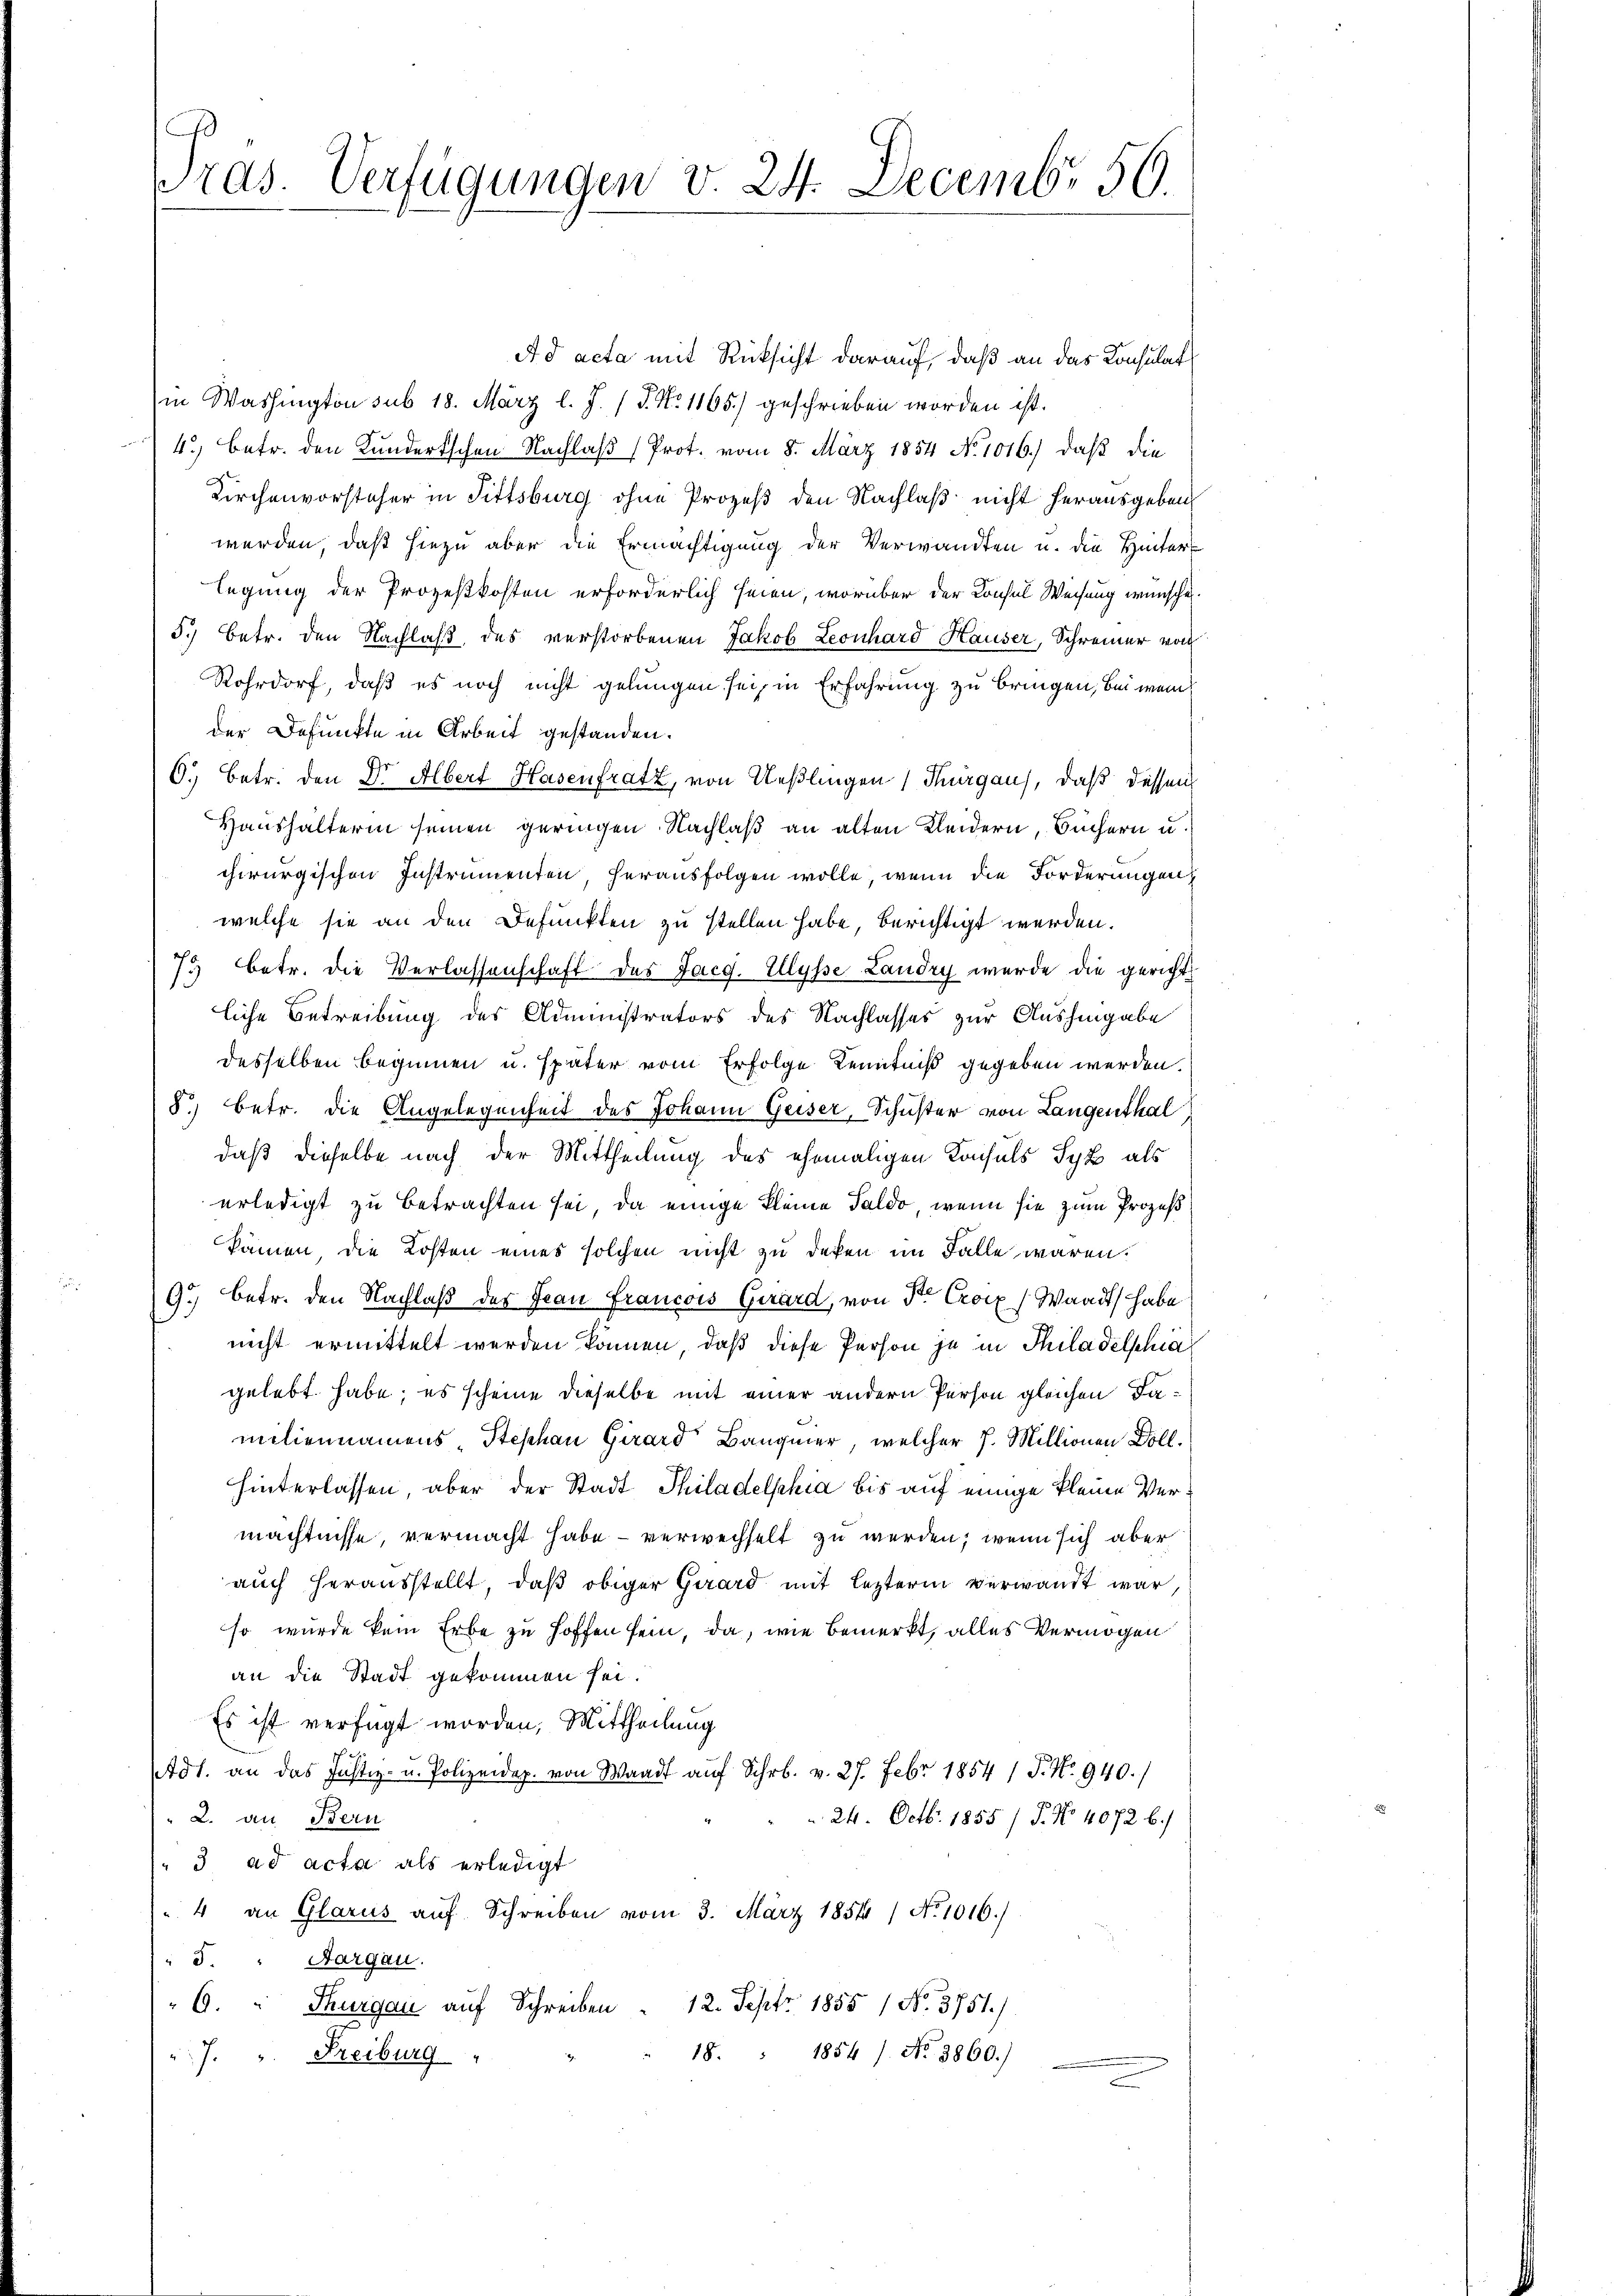
ras. Verfügungen v. 24. Decembr 50.

Ad acta mit Rücksicht darauf, daß an das Konsulat
in Washington sub 18. März l. J. P. No 1165) geschrieben worden ist.
4.) Betr. den Kundertschen Nachlaß (Prot. vom 8. März 1854 No 1016.) daß die
Kirchenvorsteher in Fittsburg ohne Prozeß den Nachlaß nicht herausgeben,
werden, daß hiezu aber die Ermächtigung der Verwandten u. die Hinter-
legung der Prozeßkosten erforderlich seien, worüber der Konsul Weisung wünsche.
5.) Betr. den Nachlaß des verstorbenen Jakob Leonhard Hauser, Schreiner von
Rohrdorf, daß es noch nicht gelungen sei, in Erfahrung zu bringen, bei wenn
der Defunkte in Arbeit gestanden.
6.) Betr. den Dr Albert Hasenfratz, von Ueßlingen Thurgaus, daß dessen
Haushalterin seinen geringen Nachlaß an alten Kleidern, Büchern u.
chirurgischen Instrumenten, herausfolgen wolle, wenn die Forderungen,
welche sie an den Defunkten zu stellen habe, berichtigt werden.
75 betr. die Verlassenschaft des Jacg. Illysse Landry wurde die gericht
liche Betreibung des Administrators des Nachlasses zur Aushingabe
desselben beginnen u. später vom Erfolge Kenntniß gegeben werden.
8) betr. die Angelegenheit des Johann Geiser, Schuster von Langenthal
daß dieselbe nach der Mittheilung des ehemaligen Konsuls Syk als
erledigt zu betrachten sei, da einige kleine Saldo, wenn sie zum Prozeß
kämen die Kosten eines solchen nicht zu deren im Falle waren.
9.) Betr. den Nachlaß der Jean Francois Girard, von der Croix ( Waadt habe
nicht ermittelt werden können, daß diese Person je in Thiladelphia
gelebt habe; es scheine dieselbe mit einer andern Person gleichen Damiliennamens Stephan Girard Baugmer, welcher 7. Millionen Doll.
hinterlassen, aber der Stadt Philadelphia bis auf einige kleine Vermächtnisse, vermacht habe - verwechselt zu werden, wenn sich aber
auch herausstellt, daß obiger Girard mit lezterm verwandt war,
so wurde kein Erbe zu hoffen sein, da, wie bemerkt, alles Vermögen
an die Stadt gekommen sei.
Es ist verfügt worden, Mittheilung
tdt. an das Justiz- u. Polizeidep. von Waadt aŭf Schr. v. 27. Febr 1854 1 S. No. 940.)
24. Octbr. 1855/ P. No 4072 b.)
" 2. an Bern
"3 ad acta als erledigt
4 an Glarus auf Schreiben vom 3. März 1854 / No 1016.)
5. " Aargau.
"6. " Thurgau auf Schreiben " 12. Sept 1855 / No. 3751.)
18. " 1854 / No. 3860.)
7. " Freiburg